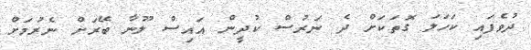
ދުވެފައި ކަހަލަ ގޮތަކަށް ދެ ނަރުސް ކުދީން އައިސް ލޫނާ ބޭރަށް ނެރުމަށް